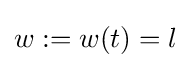
w:=w(t)=l